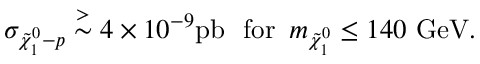
\sigma _ { \tilde { \chi } _ { 1 } ^ { 0 } - p } \stackrel { > } { \sim } 4 \times 1 0 ^ { - 9 } \mathrm { p b } \, \, \mathrm { ~ f o r ~ } \, m _ { \tilde { \chi } _ { 1 } ^ { 0 } } \leq 1 4 0 \mathrm { ~ G e V } .